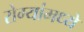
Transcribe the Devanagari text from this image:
रोग्यांमध्ये